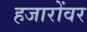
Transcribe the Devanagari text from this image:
हजारोंवर